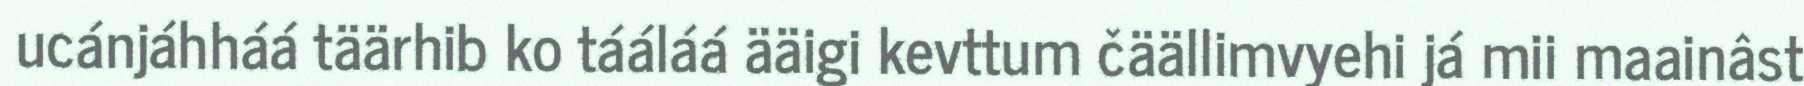
ucánjáhháá täärhib ko tááláá ääigi kevttum čäällimvyehi já mii maainâst